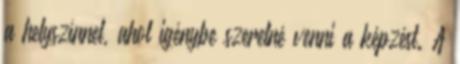
a helyszínnel, ahol igénybe szeretné venni a képzést. A